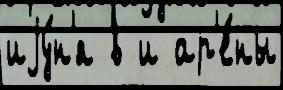
иjу́н'я в и ар'е́ны